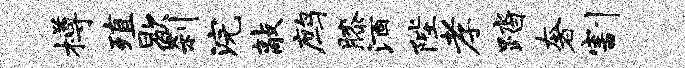
樽殖歇刹浣敲鹧膝酒陛孝踏奢割